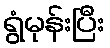
ရွံမုန်းပြီး